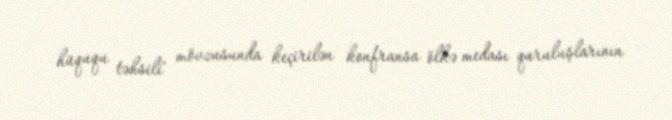
hüququ təhsili" mövzusunda keçirilən konfransa ölkə medası quruluşlarının